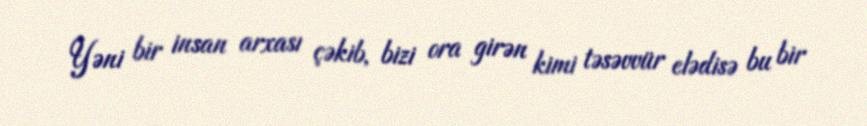
Yəni bir insan arxası çəkib, bizi ora girən kimi təsəvvür elədisə bu bir